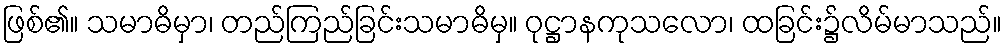
ဖြစ်၏။ သမာဓိမှာ၊ တည်ကြည်ခြင်းသမာဓိမှ။ ဝုဋ္ဌာနကုသလော၊ ထခြင်း၌လိမ်မာသည်။